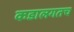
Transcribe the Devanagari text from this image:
कडालगतच